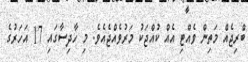
ބްރިޖެއް މަތިން ވެއްޓި އެއް ކުއްޖަކު މަރުވެއްޖެއެވެ. މި ހާދިސާގައި 17 އަހަރުގެ